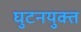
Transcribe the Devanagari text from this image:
घुटनयुक्त